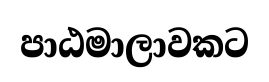
පාඨමාලාවකට